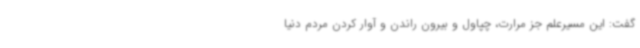
گفت: این مسیرعلم جز مرارت، چپاول و بیرون راندن و آوار کردن مردم دنیا